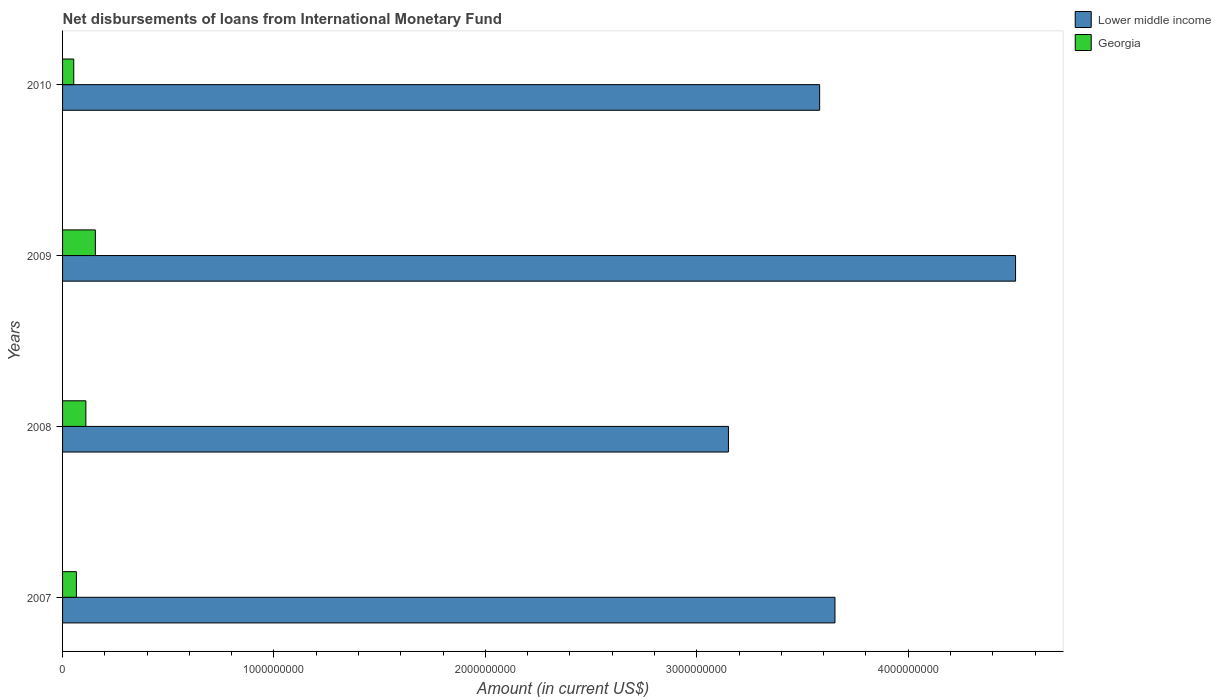
| Years | Lower middle income | Georgia |
 | --- | --- | --- |
 | 2007 | 3.65e+09 | 6.54e+07 |
 | 2008 | 3.15e+09 | 1.1e+08 |
 | 2009 | 4.51e+09 | 1.55e+08 |
 | 2010 | 3.58e+09 | 5.29e+07 |